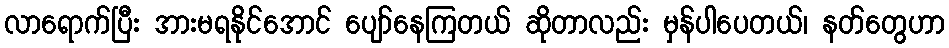
လာရောက်ပြီး အားမရနိုင်အောင် ပျော်နေကြတယ် ဆိုတာလည်း မှန်ပါပေတယ်၊ နတ်တွေဟာ